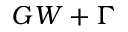
G W + \Gamma